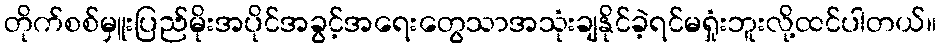
တိုက်စစ်မှူးပြည်မိုးအပိုင်အခွင့်အရေးတွေသာအသုံးချနိုင်ခဲ့ရင်မရှုံးဘူးလို့ထင်ပါတယ်။